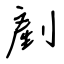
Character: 剷